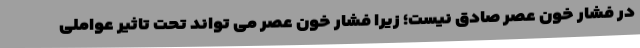
در فشار خون عصر صادق نیست؛ زیرا فشار خون عصر می تواند تحت تاثیر عواملی